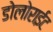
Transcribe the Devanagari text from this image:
डोलोराईट